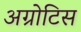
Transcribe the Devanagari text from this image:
अग्रोटिस